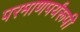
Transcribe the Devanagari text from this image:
परमाणपर्यंरूपी